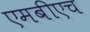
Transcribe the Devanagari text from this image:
एमबीएच